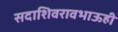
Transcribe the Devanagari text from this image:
सदाशिवरावभाऊही